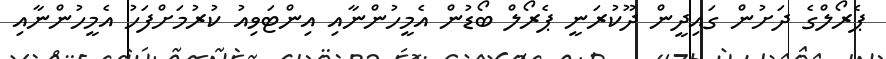
ޕެރޯލްގެ ދަށުން ގައިދީން ދޫކުރަނީ ޕެރޯލް ބޯޑުން އެމީހުންނާއި އިންޓަވިއު ކުރުމަށްފަހު އެމީހުންނާއި